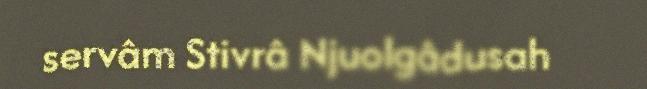
servâm Stivrâ Njuolgâdusah